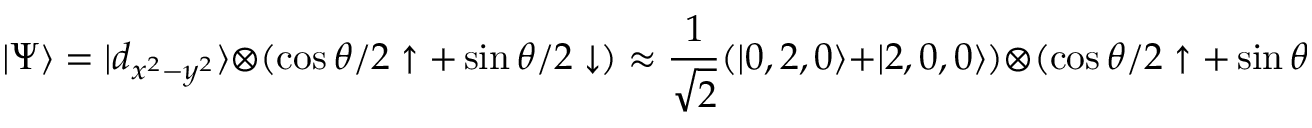
| \Psi \rangle = | d _ { x ^ { 2 } - y ^ { 2 } } \rangle \otimes ( \cos { \theta / 2 } \uparrow + \sin { \theta / 2 } \downarrow ) \approx \frac { 1 } { \sqrt { 2 } } ( | 0 , 2 , 0 \rangle + | 2 , 0 , 0 \rangle ) \otimes ( \cos { \theta / 2 } \uparrow + \sin { \theta / 2 } \downarrow ) ,